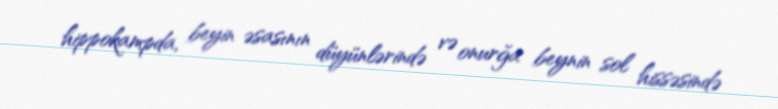
hippokampda, beyin əsasının düyünlərində və onurğa beynin sol hissəsində